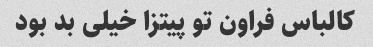
کالباس فراون تو پیتزا خیلی بد بود